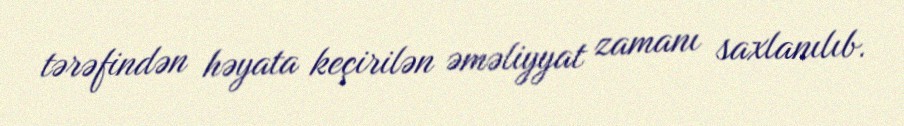
tərəfindən həyata keçirilən əməliyyat zamanı saxlanılıb.